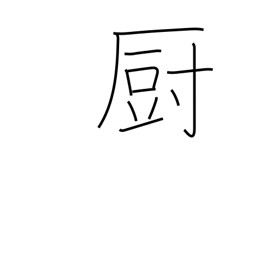
Meaning: kitchen